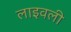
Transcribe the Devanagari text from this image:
लाइवली